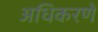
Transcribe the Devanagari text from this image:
अधिकरणें